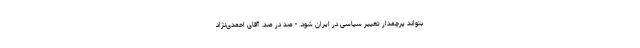
بتواند پرچمدار تغییر سیاسی در ایران شود. - صد در صد. آقای احمدی‌نژاد